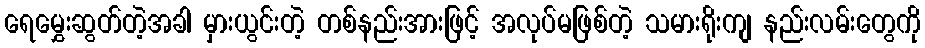
ရေမွှေးဆွတ်တဲ့အခါ မှားယွင်းတဲ့ တစ်နည်းအားဖြင့် အလုပ်မဖြစ်တဲ့ သမားရိုးကျ နည်းလမ်းတွေကို